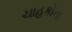
ચાહકોના